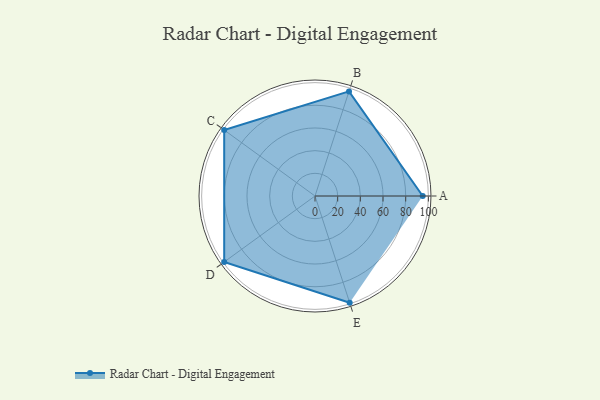
{"axis": {"x": "Skill", "y": "Score"}, "legend": ["Profile"], "data": [{"x": "A", "y": 95.0, "type": "Profile"}, {"x": "B", "y": 97.0, "type": "Profile"}, {"x": "C", "y": 99, "type": "Profile"}, {"x": "D", "y": 99, "type": "Profile"}, {"x": "E", "y": 99, "type": "Profile"}]}